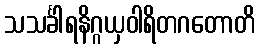
သသင်္ခါရနိဂ္ဂယှဝါရိတဂတောတိ